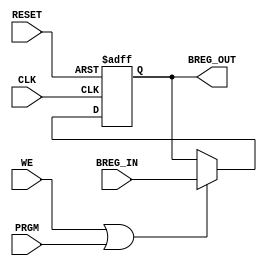
module BRegister	(
	output	[7:0] BREG_OUT,
	input 	[7:0] BREG_IN,
	input				WE,
	input 			PRGM,
	input 			CLK,
	input 			RESET
);
		
reg [7:0]BREG_DATA;

assign BREG_OUT = BREG_DATA;

always @(posedge CLK or posedge RESET) begin
		if (RESET) begin
			BREG_DATA = 8'b00000000;
		end					
		else if (WE || PRGM) begin
			BREG_DATA = BREG_IN;					// read from bus or loading
		end
end

endmodule